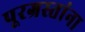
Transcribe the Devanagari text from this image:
पूरग्रस्‍तांना